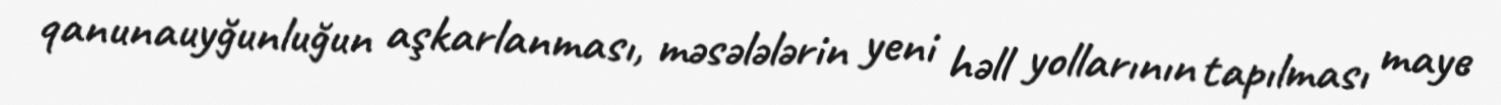
qanunauyğunluğun aşkarlanması, məsələlərin yeni həll yollarının tapılması maye